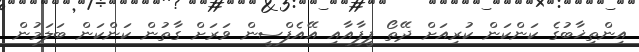
އިންތިޚާބުގެ ކަންކަން ކުރިއަށް ދޭތޯ ފީފާއާއި އޭއެފްސީން ވަރަށް ގާތުން ކަންކަން ބަލަމުން